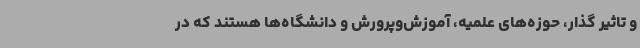
و تاثیر گذار، حوزه‌های علمیه، آموزش‌وپرورش و دانشگاه‌ها هستند که در